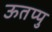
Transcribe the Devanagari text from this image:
ऊतप्पु